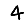
Digit: 4